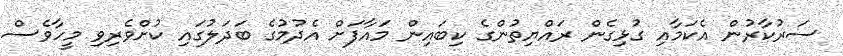
ސަރުކާރުން އެކަމާއި ގުޅިގެން ރައްޔިތުންގެ ކިބައިން މައާފަށް އެދުމުގެ ބަދަލުގައި ކުށްވެރިވި މީހާވެސް